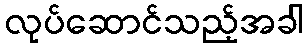
လုပ်ဆောင်သည့်အခါ